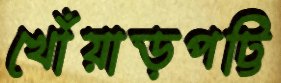
খোঁয়াড়পট্টি